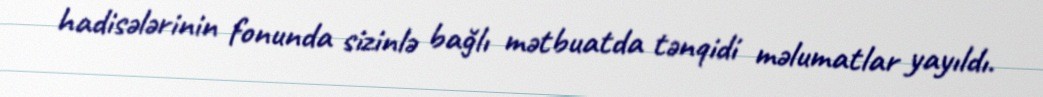
hadisələrinin fonunda sizinlə bağlı mətbuatda tənqidi məlumatlar yayıldı.